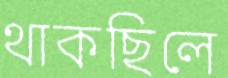
থাকছিলে